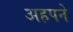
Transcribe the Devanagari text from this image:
अहपने